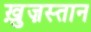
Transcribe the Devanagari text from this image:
ख़ुज़स्तान